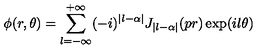
\phi ( r , \theta ) = \sum _ { l = - \infty } ^ { + \infty } ( - i ) ^ { | l - \alpha | } J _ { | l - \alpha | } ( p r ) \exp ( i l \theta )